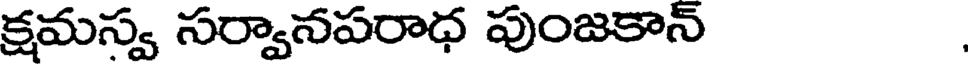
క్షమస్వ సర్వానపరాధ పుంజకాన్